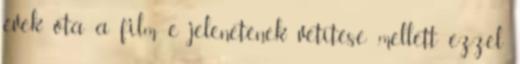
évek óta a film e jelenetének vetítése mellett ezzel